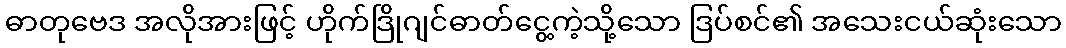
ဓာတုဗေဒ အလိုအားဖြင့် ဟိုက်ဒြိုဂျင်ဓာတ်ငွေ့ကဲ့သို့သော ဒြပ်စင်၏ အသေးငယ်ဆုံးသော